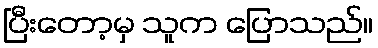
ပြီးတော့မှ သူက ပြောသည်။